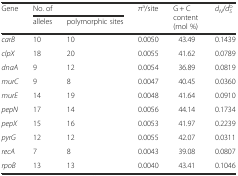
<table><thead><tr><td rowspan="2"><b>Gene</b></td><td colspan="2"><b>No. of</b></td><td rowspan="2"><b>π<sup>a</sup>/site</b></td><td rowspan="2"><b>G + C content (mol %)</b></td><td rowspan="2"><b><i>d</i><sub><i>N</i></sub>/<i>d</i><sub><i>S</i></sub><sup>b</sup></b></td></tr><tr><td><b>alleles</b></td><td><b>polymorphic sites</b></td></tr></thead><tbody><tr><td><i>carB</i></td><td>10</td><td>10</td><td>0.0050</td><td>43.49</td><td>0.1439</td></tr><tr><td><i>clpX</i></td><td>18</td><td>20</td><td>0.0055</td><td>41.62</td><td>0.0789</td></tr><tr><td><i>dnaA</i></td><td>9</td><td>12</td><td>0.0054</td><td>36.89</td><td>0.0819</td></tr><tr><td><i>murC</i></td><td>9</td><td>8</td><td>0.0047</td><td>40.45</td><td>0.0360</td></tr><tr><td><i>murE</i></td><td>14</td><td>19</td><td>0.0048</td><td>41.64</td><td>0.0910</td></tr><tr><td><i>pepN</i></td><td>17</td><td>14</td><td>0.0056</td><td>44.14</td><td>0.1734</td></tr><tr><td><i>pepX</i></td><td>15</td><td>16</td><td>0.0053</td><td>41.97</td><td>0.2239</td></tr><tr><td><i>pyrG</i></td><td>12</td><td>12</td><td>0.0055</td><td>42.07</td><td>0.0311</td></tr><tr><td><i>recA</i></td><td>7</td><td>8</td><td>0.0043</td><td>39.08</td><td>0.0807</td></tr><tr><td><i>rpoB</i></td><td>13</td><td>13</td><td>0.0040</td><td>43.41</td><td>0.1046</td></tr></tbody></table>